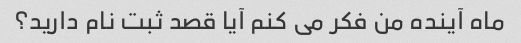
ماه آینده من فکر می کنم آیا قصد ثبت نام دارید؟